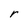
Character: r